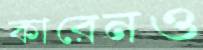
কারেনও